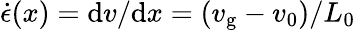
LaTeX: \dot{\epsilon}(x)=\mathrm{d}v/\mathrm{d}x=(v_{\mathrm{g}}-v_{0})/L_{0}